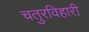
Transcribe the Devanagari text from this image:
चतुरविहारी